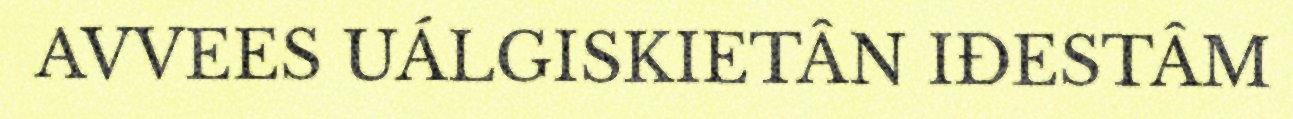
AVVEES UÁLGISKIETÂN IĐESTÂM